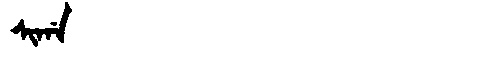
Manchu: ᠰᡳᡤᠠ
Romanization: SIGA